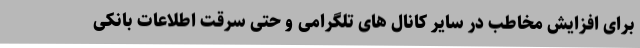
برای افزایش مخاطب در سایر کانال های تلگرامی و حتی سرقت اطلاعات بانکی